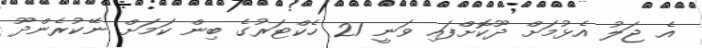
އެ ޖަލު އެޅުމަށް ދޫކޮށްފައި ވަނީ 21 ހެކްޓަރުގެ ބިން ކަމަށް ނޭކުރެންދޫ